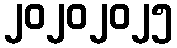
၂၀၂၀၂၀၂၅